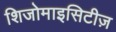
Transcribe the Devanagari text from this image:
शिजोमाइसिटीज़